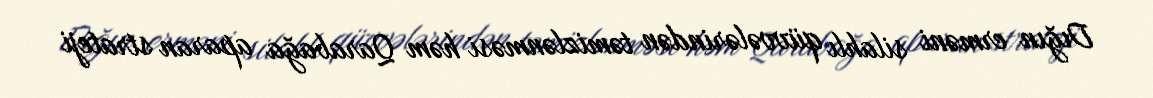
Dığın erməni silahlı qüvvələrindən təmizlənməsi həm Qarabağa aparan strateji